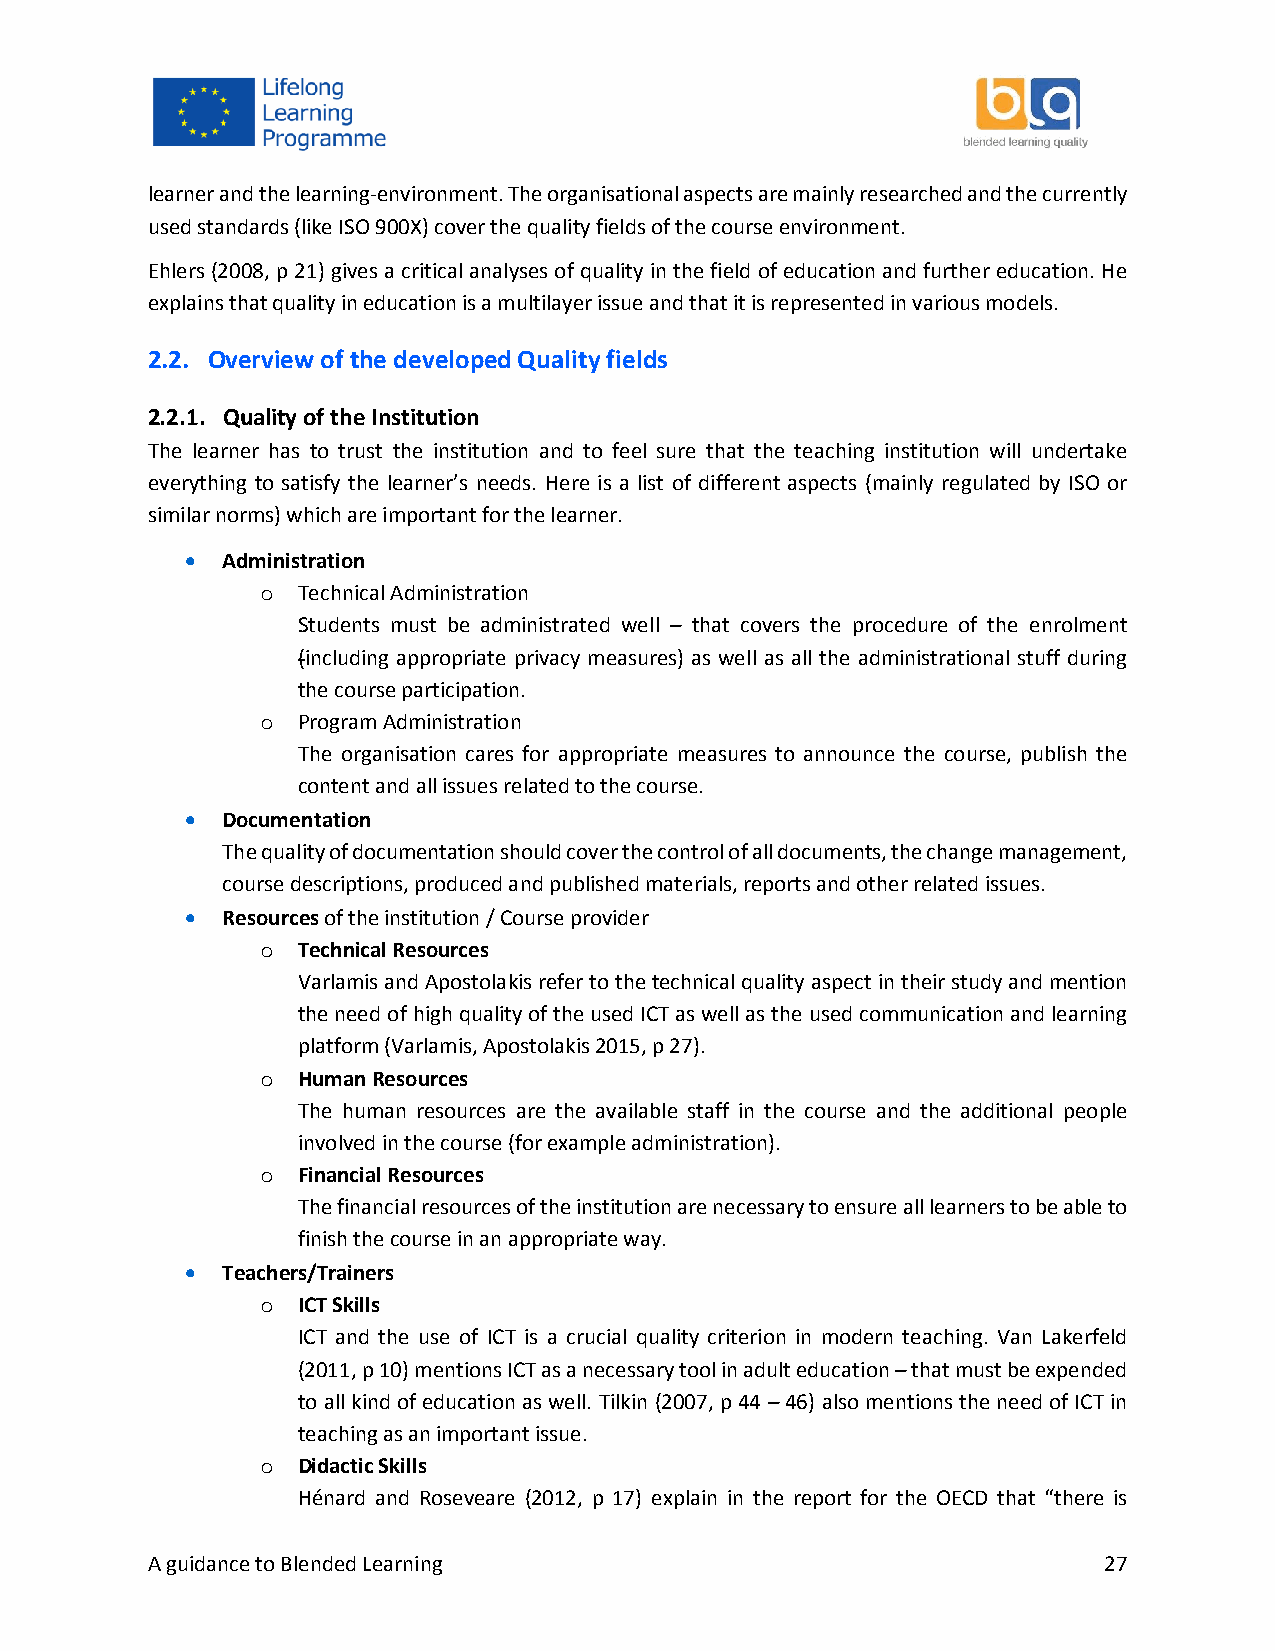
learner and the learning-environment. The organisational aspects are mainly researched and the currently
 used standards (like ISO 900X) cover the quality fields of the course environment.
 Ehlers (2008, p 21) gives a critical analyses of quality in the field of education and further education. He
 explains that quality in education is a multilayer issue and that it is represented in various models.
 2.2. Overview of the developed Quality fields
 2.2.1. Quality of the Institution
 The learner has to trust the institution and to feel sure that the teaching institution will undertake
 everything to satisfy the learner’s needs. Here is a list of different aspects (mainly regulated by ISO or
 similar norms) which are important for the learner.
   Administration
 o  Technical Administration
 Students must be administrated well – that covers the procedure of the enrolment
 (including appropriate privacy measures) as well as all the administrational stuff during
 the course participation.
 o  Program Administration
 The organisation cares for appropriate measures to announce the course, publish the
 content and all issues related to the course.
   Documentation
 The quality of documentation should cover the control of all documents, the change management,
 course descriptions, produced and published materials, reports and other related issues.
   Resources of the institution / Course provider
 o  Technical Resources
 Varlamis and Apostolakis refer to the technical quality aspect in their study and mention
 the need of high quality of the used ICT as well as the used communication and learning
 platform (Varlamis, Apostolakis 2015, p 27).
 o  Human Resources
 The human resources are the available staff in the course and the additional people
 involved in the course (for example administration).
 o  Financial Resources
 The financial resources of the institution are necessary to ensure all learners to be able to
 finish the course in an appropriate way.
   Teachers/Trainers
 o  ICT Skills
 ICT and the use of ICT is a crucial quality criterion in modern teaching. Van Lakerfeld
 (2011, p 10) mentions ICT as a necessary tool in adult education – that must be expended
 to all kind of education as well. Tilkin (2007, p 44 – 46) also mentions the need of ICT in
 teaching as an important issue.
 o  Didactic Skills
 Hénard and Roseveare (2012, p 17) explain in the report for the OECD that “there is
 A guidance to Blended Learning                                 27